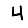
Digit: 4